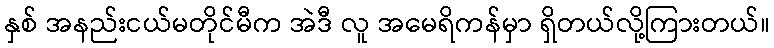
နှစ် အနည်းငယ်မတိုင်မီက အဲဒီ လူ အမေရိကန်မှာ ရှိတယ်လို့ကြားတယ်။